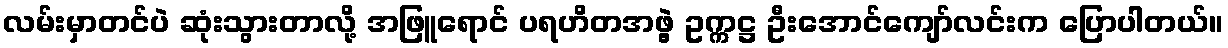
လမ်းမှာတင်ပဲ ဆုံးသွားတာလို့ အဖြူရောင် ပရဟိတအဖွဲ့ ဥက္ကဋ္ဌ ဦးအောင်ကျော်လင်းက ပြောပါတယ်။